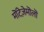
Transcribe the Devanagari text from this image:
मॊंटेज़ेमॊलॊ